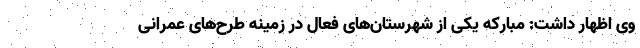
وی اظهار داشت: مبارکه یکی از شهرستان‌های فعال در زمینه طرح‌های عمرانی